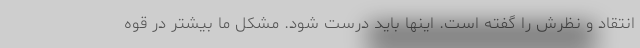
انتقاد و نظرش را گفته است. اینها باید درست شود. مشکل ما بیشتر در قوه